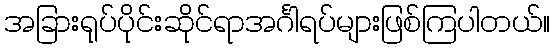
အခြားရုပ်ပိုင်းဆိုင်ရာအင်္ဂါရပ်များဖြစ်ကြပါတယ်။